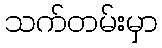
သက်တမ်းမှာ